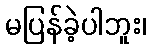
မပြန်ခဲ့ပါဘူး၊